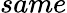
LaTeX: same